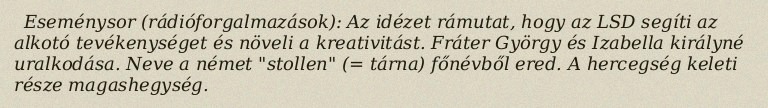
Eseménysor (rádióforgalmazások): Az idézet rámutat, hogy az LSD segíti az alkotó tevékenységet és növeli a kreativitást. Fráter György és Izabella királyné uralkodása. Neve a német "stollen" (= tárna) főnévből ered. A hercegség keleti része magashegység.